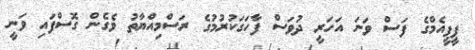
ޕީޕީއެމްގެ ފަސް ވަނަ އަހަރީ ދުވަސް ފާހަގަކުރުމުގެ ރަސްމިއްޔާތު ވެގެން ގޮސްފައި ވަނީ